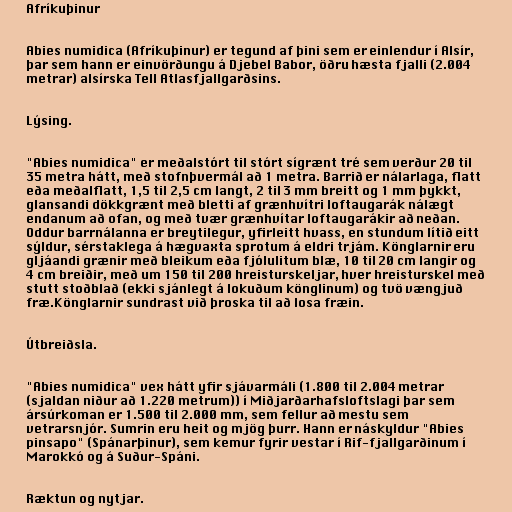
Afríkuþinur

Abies numidica (Afríkuþinur) er tegund af þini sem er einlendur í Alsír,
þar sem hann er einvörðungu á Djebel Babor, öðru hæsta fjalli (2.004
metrar) alsírska Tell Atlasfjallgarðsins.

Lýsing.

"Abies numidica" er meðalstórt til stórt sígrænt tré sem verður 20 til
35 metra hátt, með stofnþvermál að 1 metra. Barrið er nálarlaga, flatt
eða meðalflatt, 1,5 til 2,5 cm langt, 2 til 3 mm breitt og 1 mm þykkt,
glansandi dökkgrænt með bletti af grænhvítri loftaugarák nálægt
endanum að ofan, og með tvær grænhvítar loftaugarákir að neðan.
Oddur barrnálanna er breytilegur, yfirleitt hvass, en stundum lítið eitt
sýldur, sérstaklega á hægvaxta sprotum á eldri trjám. Könglarnir eru
gljáandi grænir með bleikum eða fjólulitum blæ, 10 til 20 cm langir og
4 cm breiðir, með um 150 til 200 hreisturskeljar, hver hreisturskel með
stutt stoðblað (ekki sjánlegt á lokuðum könglinum) og tvö vængjuð
fræ.Könglarnir sundrast við þroska til að losa fræin.

Útbreiðsla.

"Abies numidica" vex hátt yfir sjávarmáli (1.800 til 2.004 metrar
(sjaldan niður að 1.220 metrum)) í Miðjarðarhafsloftslagi þar sem
ársúrkoman er 1.500 til 2.000 mm, sem fellur að mestu sem
vetrarsnjór. Sumrin eru heit og mjög þurr. Hann er náskyldur "Abies
pinsapo" (Spánarþinur), sem kemur fyrir vestar í Rif-fjallgarðinum í
Marokkó og á Suður-Spáni.

Ræktun og nytjar.